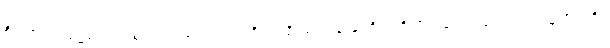
စိတ်၏အာရုံ၌ကောင်းစွာတည်ခြင်းသည်။ စိတ္တပရိဂ္ဂဟောနာမ၊ စိတ်ကိုသိမ်းဆည်းခြင်းသည်။ နတ္ထိ၊ မရှိ။